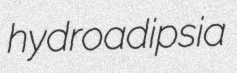
hydroadipsia